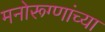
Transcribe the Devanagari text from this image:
मनोरूग्णांच्या